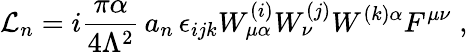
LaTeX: {\cal L}_{n}=i\frac{\pi\alpha}{4\Lambda^{2}}\, a_{n}\, \epsilon_{ijk}W_{\mu\alpha}^{(i)}W_{\nu}^{(j)}W^{(k)\alpha}F^{\mu\nu}\; ,